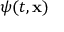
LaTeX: \psi ( t , \mathbf { x } )